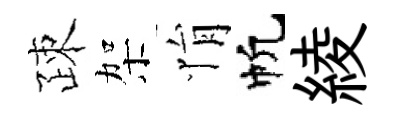
疎架悁帆綾